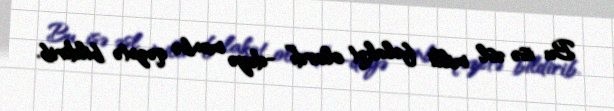
Bu isə əsl milli fəlakət olardı” -deyə mənbə qəzetə bildirib.